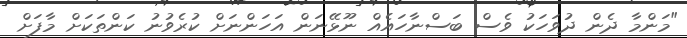
"މަންމާ ދެން ދުވަހަކު ވެސް ބަސްނާހައެއް ނޫޅޭނަން އަހަންނަށް ކުރެވުނު ކަންތަކަށް މާފަށް